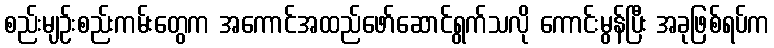
စည်းမျဉ်းစည်းကမ်းတွေက အကောင်အထည်ဖော်ဆောင်ရွက်သလို ကောင်းမွန်ပြီး အခုဖြစ်ရပ်က